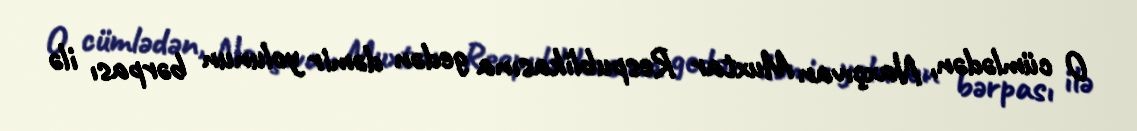
O cümlədən, Naxçıvan Muxtar Respublikasına gedən dəmir yolunun bərpası ilə